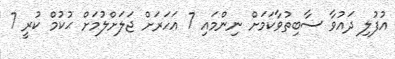
އުފުުލި ދައުވާ ސާބިތުވާކަމަށް ނިންމައި 7 އަހަރަށް ޖަލަށްލުމަށް ޙުކުމް ކުރީ 7